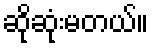
ဆိုဆုံးမတယ်။